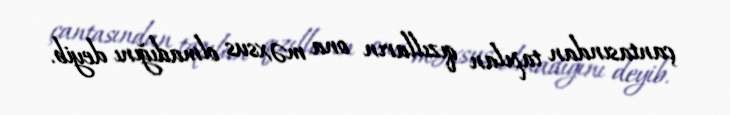
çantasından tapılan qızılların ona məxsus olmadığını deyib.